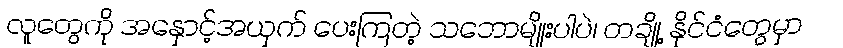
လူတွေကို အနှောင့်အယှက် ပေးကြတဲ့ သဘောမျိုးပါပဲ၊ တချို့ နိုင်ငံတွေမှာ